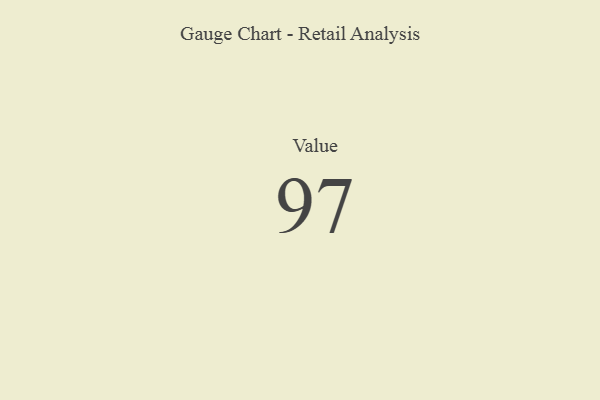
{"axis": {"x": "Metric", "y": "Value"}, "legend": [""], "data": [{"x": "Value", "y": 97, "type": ""}]}